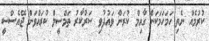
ކުރުމެއް ނެތި ހަމަހަމަކަން ގާއިމް ކުރަން ވައުދުވި ސަރުކާރު ތަމްސީލް ކުރައްވަން ޖޭއެސްސީ